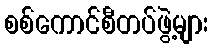
စစ်ကောင်စီတပ်ဖွဲ့များ